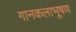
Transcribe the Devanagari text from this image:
गानकलाभूषण